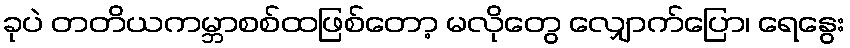
ခုပဲ တတိယကမ္ဘာစစ်ထဖြစ်တော့ မလိုတွေ လျှောက်ပြော၊ ရေနွေး